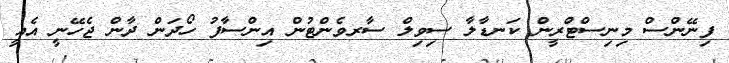
ފިނޭންސް މިނިސްޓްރީން ކަނޑާލާ ސިވިލް ސާރވެންޓުން އިންސާފު ހޯދަން ދާން ޖެހޭނީ އެއީ